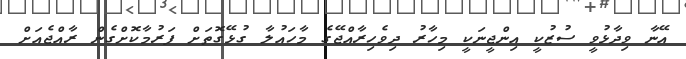
އޭނާ ވިދާޅުވީ ސުޒުކީ އިންޖީނަކީ މިހާރު ދިވެހިރާއްޖޭގެ މާހައުލާ ގުޅޭގޮތަށް ފަރުމާކޮށްގެން ރާއްޖެއަށް